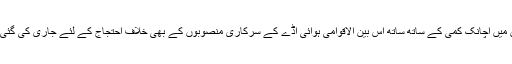
بی این پی کی جانب سے اِس ہڑتال کی اپیل اَشیائے خوراک کی قیمتوں میں اضافے اور حصص کی قیمتوں میں اچانک کمی کے ساتھ ساتھ اُس بین الاقوامی ہوائی اڈے کے سرکاری منصوبوں کے بھی خلاف احتجاج کے لئے جاری کی گئی تھی، جس کی تعمیر کے خلاف ہزارہا دیہاتیوں کی جانب سے پُر تشدد مظاہرے عمل میں لائے گئے ہیں۔